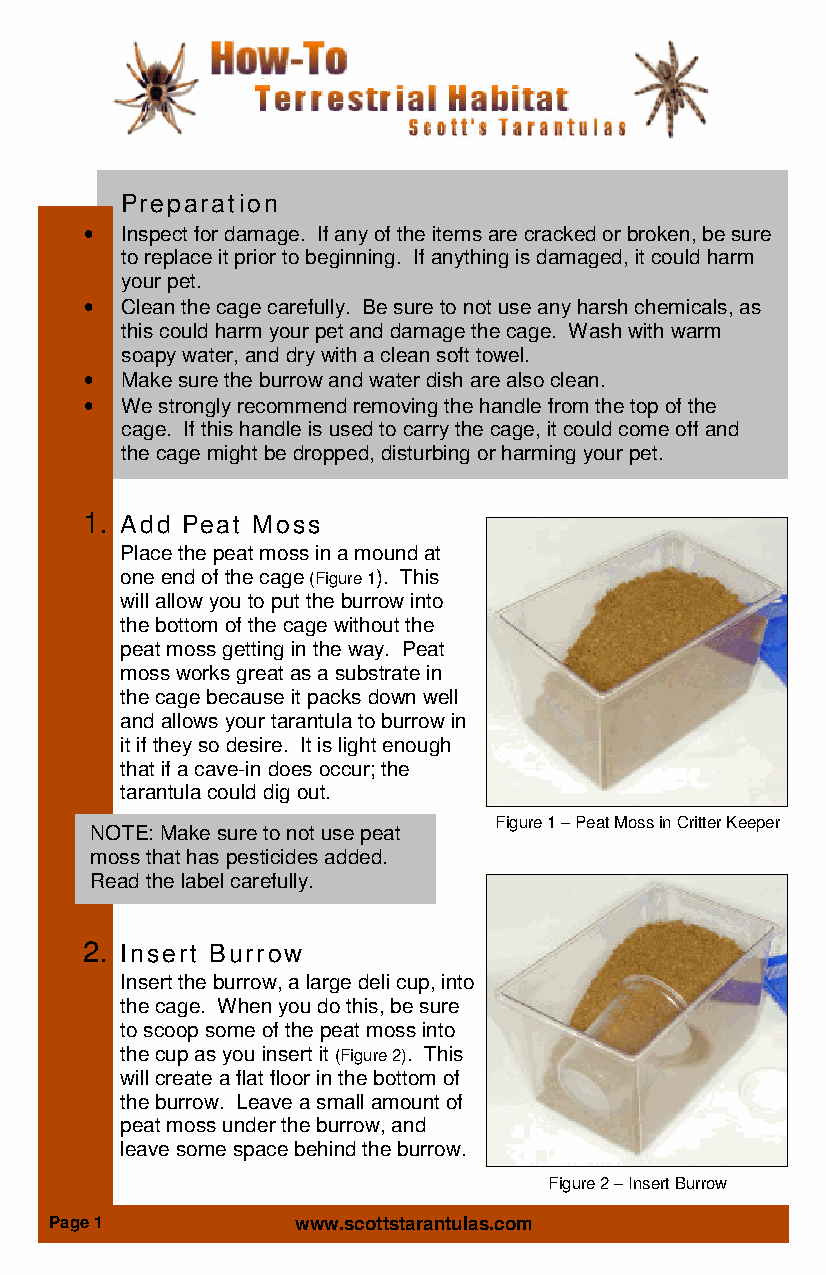
Preparation
 • Inspect for damage. If any of the items are cracked or broken, be sure
 to replace it prior to beginning. If anything is damaged, it could harm
 your pet.
 • Clean the cage carefully. Be sure to not use any harsh chemicals, as
 this could harm your pet and damage the cage. Wash with warm
 soapy water, and dry with a clean soft towel.
 • Make sure the burrow and water dish are also clean.
 • We strongly recommend removing the handle from the top of the
 cage. If this handle is used to carry the cage, it could come off and
 the cage might be dropped, disturbing or harming your pet.
 1. Add Peat Moss
 Place the peat moss in a mound at
 one end of the cage (Figure 1). This
 will allow you to put the burrow into
 the bottom of the cage without the
 peat moss getting in the way. Peat
 moss works great as a substrate in
 the cage because it packs down well
 and allows your tarantula to burrow in
 it if they so desire. It is light enough
 that if a cave-in does occur; the
 tarantula could dig out.
 Figure 1 – Peat Moss in Critter Keeper
 NOTE: Make sure to not use peat
 moss that has pesticides added.
 Read the label carefully.
 2. Insert Burrow
 Insert the burrow, a large deli cup, into
 the cage. When you do this, be sure
 to scoop some of the peat moss into
 the cup as you insert it (Figure 2). This
 will create a flat floor in the bottom of
 the burrow. Leave a small amount of
 peat moss under the burrow, and
 leave some space behind the burrow.
 Figure 2 – Insert Burrow
 Page 1          www.scottstarantulas.com